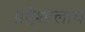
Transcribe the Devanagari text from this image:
प्रदेशालाच